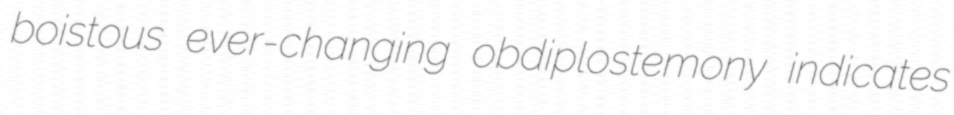
boistous ever-changing obdiplostemony indicates